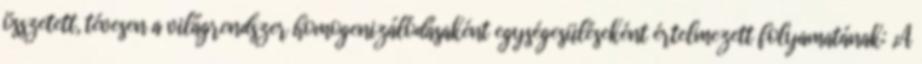
összetett, tévesen a világrendszer homogenizálódásaként egységesüléseként értelmezett folyamatának: „A